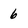
Character: 6